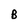
Character: B